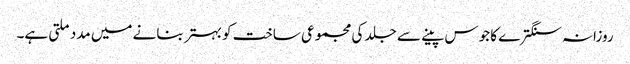
روزانہ سنگترے کا جوس پینے سے جلد کی مجموعی ساخت کو بہتر بنانے میں مدد ملتی ہے۔